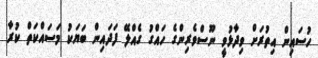
ހުސައިން އިތުރަށް ވިދާޅުވީ ނޫސްވެރިންގެ ހައްގު ގެއްލޭ ފަދައިން ބަޔަކު މަސައްކަތް ކުރާ